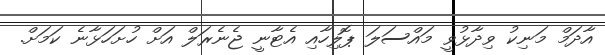
އާދަމް މަނިކު ވިދާޅުވީ މައްސަލަ ޕޮލިހާއި އެޓާނީ ޖެނެރަލް އަށް ހުށަހަޅާނެ ކަމަށް.